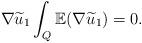
LaTeX: \begin{align*}\nabla \widetilde{u}_1 \int_Q {\mathbb E}(\nabla \widetilde{u}_1) = 0.\end{align*}